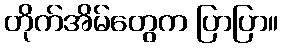
တိုက်အိမ်တွေက ပြာပြာ။